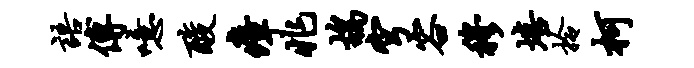
语傅噫酸瘴兆鸪穹容穆培拎柯